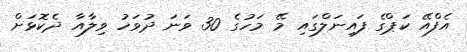
އެފްއޭ ކަޕްގެ ފައިނަލްގައި މޭ މަހުގެ 30 ވަނަ ދުވަހު ވިލާއާ ދެކޮޅަށް